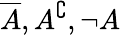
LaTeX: {\overline{{A}}},A^{\complement},\neg A